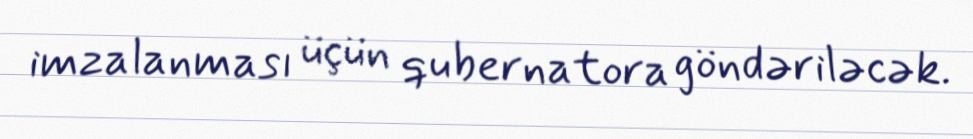
imzalanması üçün qubernatora göndəriləcək.